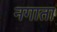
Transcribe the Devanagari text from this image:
नगाता